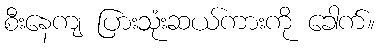
စီးနေကျ ပြားသုံးဆယ်ကားကို ခေါက်။